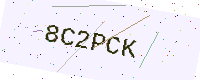
Text: 8C2PCK